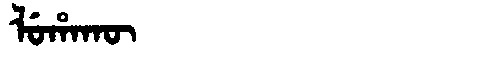
Manchu: ᠯᡠᡥᠠᡴᡡ
Romanization: LUHAKŪ